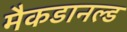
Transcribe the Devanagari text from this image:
मैकडानल्ड